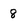
Character: 8